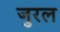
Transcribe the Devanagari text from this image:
जुरल